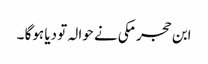
ابن حجر مکی نے حوالہ تو دیا ہوگا ۔